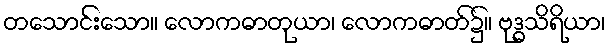
တသောင်းသော။ လောကဓာတုယာ၊ လောကဓာတ်၌။ ဗုဒ္ဓသိရိယာ၊